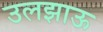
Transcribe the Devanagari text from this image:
उलझाऊ